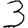
Digit: 3